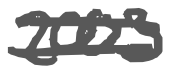
Text: 2003
Cross-out: double-line
Writing tool: digital_gray